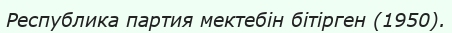
Республика партия мектебін бітірген (1950).